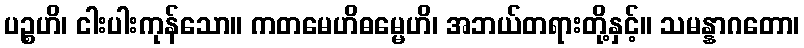
ပဉ္စဟိ၊ ငါးပါးကုန်သော။ ကတမေဟိဓမ္မေဟိ၊ အဘယ်တရားတို့နှင့်။ သမန္နာဂတော၊